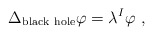
\begin{align*}\Delta_{\rm black~hole} \varphi = \lambda^I \varphi~,\end{align*}